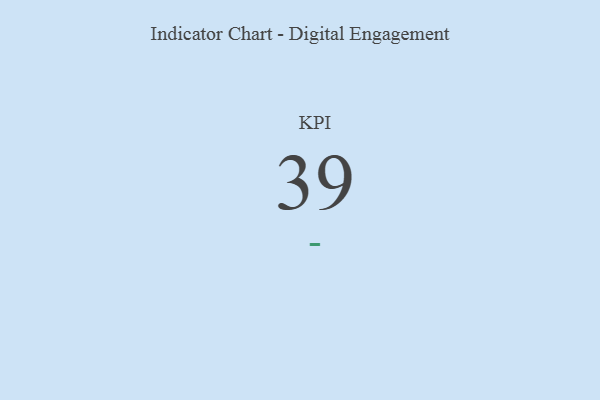
{"axis": {"x": "KPI", "y": "Value"}, "legend": [""], "data": [{"x": "KPI", "y": 39, "type": ""}]}